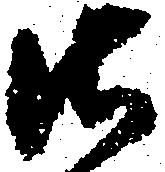
御